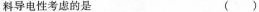
料导电性考虑的是 ()